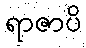
ရာဇာပိ